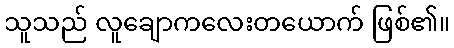
သူသည် လူချောကလေးတယောက် ဖြစ်၏။